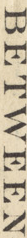
BETWEEN